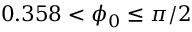
0 . 3 5 8 < \phi _ { 0 } \leq \pi / 2